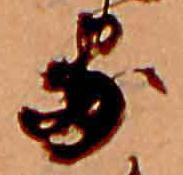
る